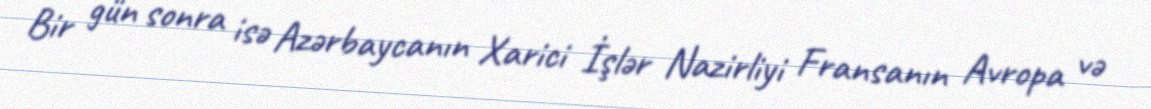
Bir gün sonra isə Azərbaycanın Xarici İşlər Nazirliyi Fransanın Avropa və